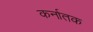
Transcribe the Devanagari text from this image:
कर्नातक